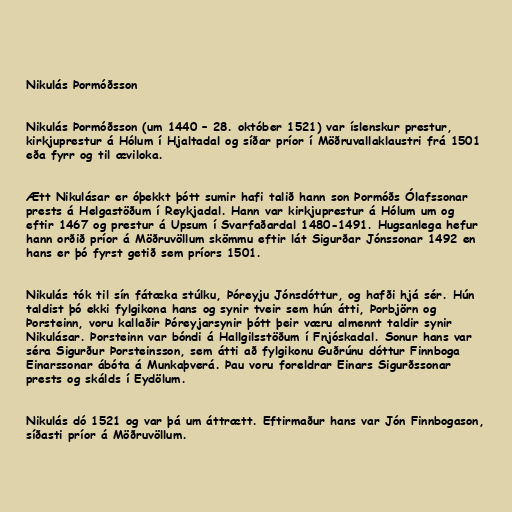
Nikulás Þormóðsson

Nikulás Þormóðsson (um 1440 – 28. október 1521) var íslenskur prestur,
kirkjuprestur á Hólum í Hjaltadal og síðar príor í Möðruvallaklaustri frá 1501
eða fyrr og til æviloka.

Ætt Nikulásar er óþekkt þótt sumir hafi talið hann son Þormóðs Ólafssonar
prests á Helgastöðum í Reykjadal. Hann var kirkjuprestur á Hólum um og
eftir 1467 og prestur á Upsum í Svarfaðardal 1480-1491. Hugsanlega hefur
hann orðið príor á Möðruvöllum skömmu eftir lát Sigurðar Jónssonar 1492 en
hans er þó fyrst getið sem príors 1501.

Nikulás tók til sín fátæka stúlku, Þóreyju Jónsdóttur, og hafði hjá sér. Hún
taldist þó ekki fylgikona hans og synir tveir sem hún átti, Þorbjörn og
Þorsteinn, voru kallaðir Þóreyjarsynir þótt þeir væru almennt taldir synir
Nikulásar. Þorsteinn var bóndi á Hallgilsstöðum í Fnjóskadal. Sonur hans var
séra Sigurður Þorsteinsson, sem átti að fylgikonu Guðrúnu dóttur Finnboga
Einarssonar ábóta á Munkaþverá. Þau voru foreldrar Einars Sigurðssonar
prests og skálds í Eydölum.

Nikulás dó 1521 og var þá um áttrætt. Eftirmaður hans var Jón Finnbogason,
síðasti príor á Möðruvöllum.